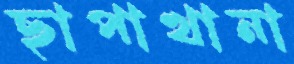
ছাপাখানা